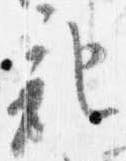
記